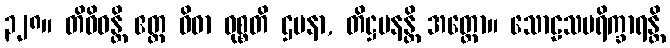
၃၂၈။ တိဝိဓန္တိ ဧတ္ထ ဝိဓာ ဝုစ္စတိ ဌပနာ, တိဋ္ဌပနန္တိ အတ္ထော။ သောဠသပရိက္ခာရန္တိ